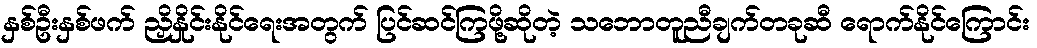
နှစ်ဦးနှစ်ဖက် ညှိနှိုင်းနိုင်ရေးအတွက် ပြင်ဆင်ကြဖို့ဆိုတဲ့ သဘောတူညီချက်တခုဆီ ရောက်နိုင်ကြောင်း